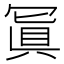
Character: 𠖕